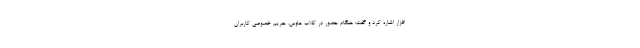
افزار اشاره کرد و گفت: هنگام حضور در کلاب هاوس، حریم خصوصی کاربران